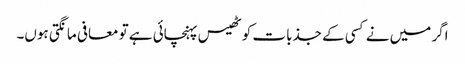
اگر میں نے کسی کے جذبات کو ٹھیس پہنچائی ہے تو معافی مانگتی ہوں۔